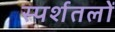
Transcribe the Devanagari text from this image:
स्पर्शतलों